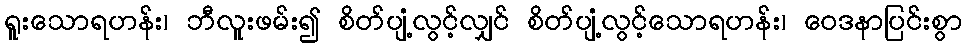
ရူးသောရဟန်း၊ ဘီလူးဖမ်း၍ စိတ်ပျံ့လွင့်လျှင် စိတ်ပျံ့လွင့်သောရဟန်း၊ ဝေဒနာပြင်းစွာ